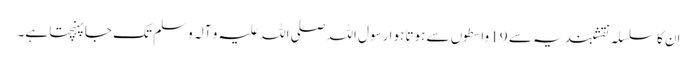
اِن کا سلسلہ نقشبندیہ سے 19 واسطوں سے ہوتا ہوا رسول اللہ صلی اللہ علیہ و آلہ وسلم تک جا پہنچتا ہے۔